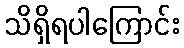
သိရှိရပါကြောင်း